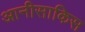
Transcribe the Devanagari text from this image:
आनीसाकिस